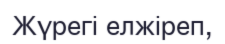
Жүрегi елжiреп,